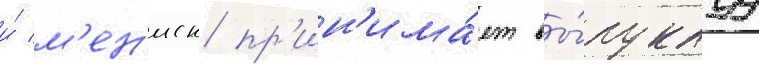
и́ м'ен'иск пр'ин'има́ет вы́пуклуу